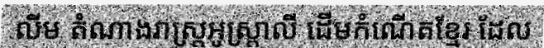
លីម តំណាងរាស្ត្រអូស្ត្រាលី ដើមកំណើតខ្មែរ ដែល